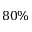
8 0 \%